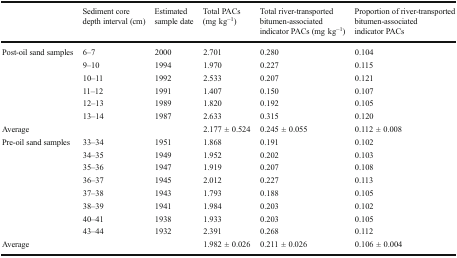
|  | Sediment core depth interval (cm) | Estimated sample date | Total PACs (mg kg−1) | Total river-transported bitumen-associated indicator PACs (mg kg−1) | Proportion of river-transported bitumen-associated indicator PACs |
 | --- | --- | --- | --- | --- | --- |
 | <ROWSPAN=6> Post-oil sand samples | 6–7 | 2000 | 2.701 | 0.280 | 0.104 |
 | 9–10 | 1994 | 1.970 | 0.227 | 0.115 |
 | 10–11 | 1992 | 2.533 | 0.207 | 0.121 |
 | 11–12 | 1991 | 1.407 | 0.150 | 0.107 |
 | 12–13 | 1989 | 1.820 | 0.192 | 0.105 |
 | 13–14 | 1987 | 2.633 | 0.315 | 0.120 |
 | Average |  |  | 2.177 ± 0.524 | 0.245 ± 0.055 | 0.112 ± 0.008 |
 | <ROWSPAN=8> Pre-oil sand samples | 33–34 | 1951 | 1.868 | 0.191 | 0.102 |
 | 34–35 | 1949 | 1.952 | 0.202 | 0.103 |
 | 35–36 | 1947 | 1.919 | 0.207 | 0.108 |
 | 36–37 | 1945 | 2.012 | 0.227 | 0.113 |
 | 37–38 | 1943 | 1.793 | 0.188 | 0.105 |
 | 38–39 | 1941 | 1.984 | 0.203 | 0.102 |
 | 40–41 | 1938 | 1.933 | 0.203 | 0.105 |
 | 43–44 | 1932 | 2.391 | 0.268 | 0.112 |
 | Average |  |  | 1.982 ± 0.026 | 0.211 ± 0.026 | 0.106 ± 0.004 |